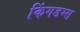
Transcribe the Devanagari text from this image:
किंगडम्स